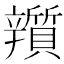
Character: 𨐿